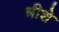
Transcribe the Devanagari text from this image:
श्रीशे